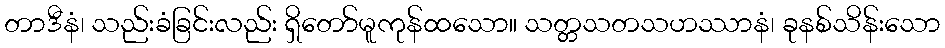
တာဒီနံ၊ သည်းခံခြင်းလည်း ရှိတော်မူကုန်ထသော။ သတ္တသတသဟဿာနံ၊ ခုနစ်သိန်းသော